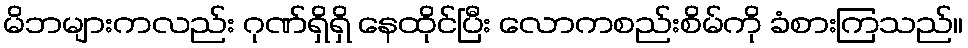
မိဘများကလည်း ဂုဏ်ရှိရှိ နေထိုင်ပြီး လောကစည်းစိမ်ကို ခံစားကြသည်။